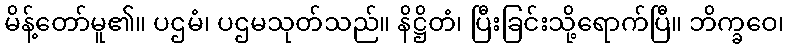
မိန့်တော်မူ၏။ ပဌမံ၊ ပဌမသုတ်သည်။ နိဋ္ဌိတံ၊ ပြီးခြင်းသို့ရောက်ပြီ။ ဘိက္ခဝေ၊